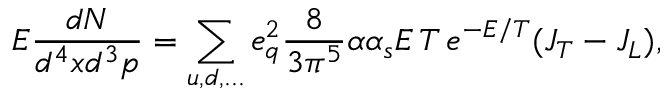
E \frac { d N } { d ^ { 4 } x d ^ { 3 } p } = \sum _ { u , d , . . . } e _ { q } ^ { 2 } \frac { 8 } { 3 \pi ^ { 5 } } \alpha \alpha _ { s } E \, T \, e ^ { - E / T } ( J _ { T } - J _ { L } ) ,